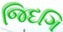
જિદગિ